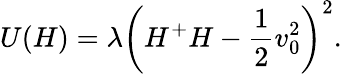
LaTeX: U(H)=\lambda\left(H^{+}H-\frac{1}{2}v_{0}^{2}\right)^{2}.